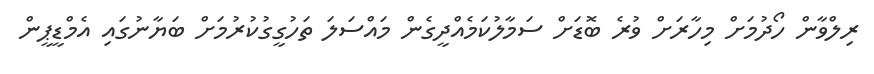
ރިލްވާން ހޯދުމަށް މިހާރަށް ވުރެ ބޮޑަށް ސަމާލުކަމެއްދީގެން މައްސަލަ ތަހުގީގުކުރުމަށް ބަޔާނުގައި އެމްޑީޕީން